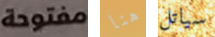
مفتوحة هنا سياتل